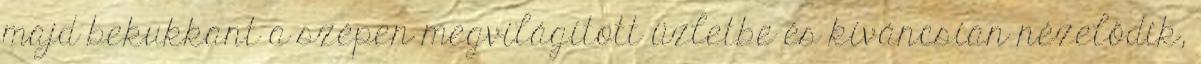
majd bekukkant a szépen megvilágított üzletbe és kíváncsian nézelődik,